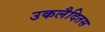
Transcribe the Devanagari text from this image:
उकलैदितस